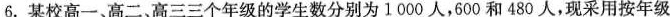
6.某校高一、高二。高三三个年级的学生数分别为1000人，600和480人，现采用按年级